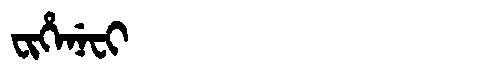
Manchu: ᠸᡳᡥᡝᠨᡝᠸᡳ
Romanization: FIHENEFI